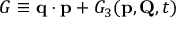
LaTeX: G \equiv \mathbf { q } \cdot \mathbf { p } + G _ { 3 } ( \mathbf { p } , \mathbf { Q } , t )